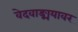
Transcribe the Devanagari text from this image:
वेदवाङ्मयावर